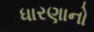
ધારણાનો